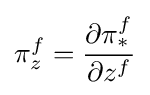
\pi _{z}^{f}={\frac {\partial \pi _{*}^{f}}{\partial z^{f}}}